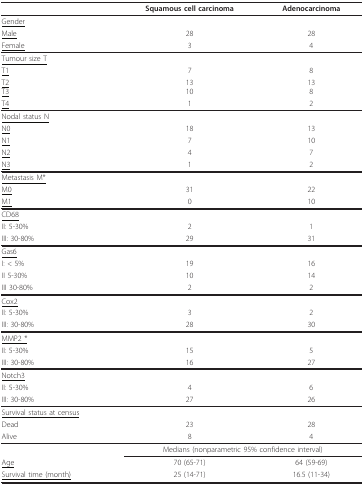
<table><thead><tr><td></td><td><b>Squamous cell carcinoma</b></td><td><b>Adenocarcinoma</b></td></tr></thead><tbody><tr><td><underline>Gender</underline></td><td></td><td></td></tr><tr><td><underline>Male</underline></td><td>28</td><td>28</td></tr><tr><td><underline>Female</underline></td><td>3</td><td>4</td></tr><tr><td><underline>Tumour size T</underline></td><td></td><td></td></tr><tr><td><underline>T1</underline></td><td>7</td><td>8</td></tr><tr><td><underline>T2</underline><underline>T3</underline></td><td>1310</td><td>138</td></tr><tr><td><underline>T4</underline></td><td>1</td><td>2</td></tr><tr><td><underline>Nodal status N</underline></td><td></td><td></td></tr><tr><td><underline>N0</underline></td><td>18</td><td>13</td></tr><tr><td><underline>N1</underline></td><td>7</td><td>10</td></tr><tr><td><underline>N2</underline></td><td>4</td><td>7</td></tr><tr><td><underline>N3</underline></td><td>1</td><td>2</td></tr><tr><td><underline>Metastasis M*</underline></td><td></td><td></td></tr><tr><td><underline>M0</underline></td><td>31</td><td>22</td></tr><tr><td><underline>M1</underline></td><td>0</td><td>10</td></tr><tr><td><underline>CD68</underline></td><td></td><td></td></tr><tr><td>II: 5-30%</td><td>2</td><td>1</td></tr><tr><td>III: 30-80%</td><td>29</td><td>31</td></tr><tr><td><underline>Gas6</underline></td><td></td><td></td></tr><tr><td>I: &lt; 5%</td><td>19</td><td>16</td></tr><tr><td>II 5-30%</td><td>10</td><td>14</td></tr><tr><td>III 30-80%</td><td>2</td><td>2</td></tr><tr><td><underline>Cox2</underline></td><td></td><td></td></tr><tr><td>II: 5-30%</td><td>3</td><td>2</td></tr><tr><td>III: 30-80%</td><td>28</td><td>30</td></tr><tr><td><underline>MMP2 *</underline></td><td></td><td></td></tr><tr><td>II: 5-30%</td><td>15</td><td>5</td></tr><tr><td>III: 30-80%</td><td>16</td><td>27</td></tr><tr><td><underline>Notch3</underline></td><td></td><td></td></tr><tr><td>II: 5-30%</td><td>4</td><td>6</td></tr><tr><td>III: 30-80%</td><td>27</td><td>26</td></tr><tr><td><underline>Survival status at census</underline></td><td></td><td></td></tr><tr><td>Dead</td><td>23</td><td>28</td></tr><tr><td>Alive</td><td>8</td><td>4</td></tr><tr><td></td><td colspan="2">Medians (nonparametric 95% confidence interval)</td></tr><tr><td><underline>Age</underline></td><td>70 (65-71)</td><td>64 (59-69)</td></tr><tr><td><underline>Survival time (month)</underline></td><td>25 (14-71)</td><td>16.5 (11-34)</td></tr></tbody></table>